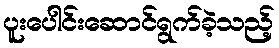
ပူးပေါင်းဆောင်ရွက်ခဲ့သည့်